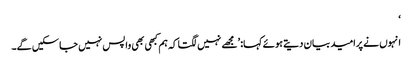
‘
انہوں نے پرامید بیان دیتے ہوئے کہا: ’مجھے نہیں لگتا کہ ہم کبھی بھی واپس نہیں جا سکیں گے۔